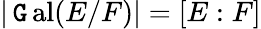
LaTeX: |\operatorname{\mathtt{G}al}(E/F)|=[E:F]